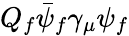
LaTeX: Q_{f}\bar{\psi}_{f}\gamma_{\mu}\psi_{f}